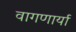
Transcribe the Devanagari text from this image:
वागणार्या